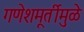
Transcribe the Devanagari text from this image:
गणेशमूर्तीमुळे